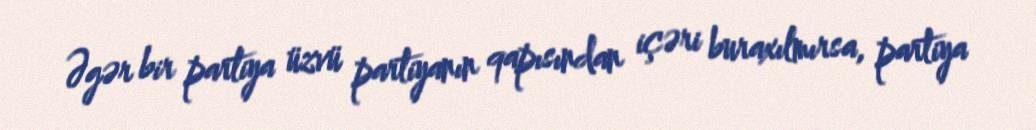
Əgər bir partiya üzvü partiyanın qapısından içəri buraxılmırsa, partiya